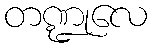
တဏ္ဍုလေ